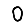
Digit: 0